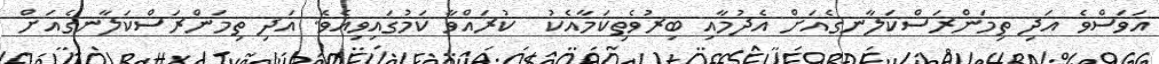
އަވަސްވެ އަދި ތިމަންރަސްކަލާނގެއަށް އެދުމާއި ބިރުވެތިކަމާއެކު  ކުރައްވާ ކަމުގައިވިއެވެ. އަދި ތިމަންރަސްކަލާނގެއަށް